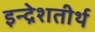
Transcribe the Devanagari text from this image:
इन्द्रेशतीर्थ